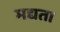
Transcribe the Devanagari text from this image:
मद्यता